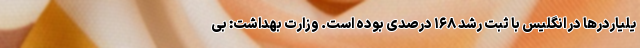
یلیاردرها در انگلیس با ثبت رشد ۱۶۸ درصدی بوده است. وزارت بهداشت: بی